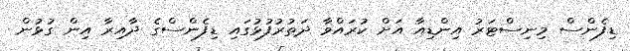
ޑިފެންސް މިނިސްޓަރު އިންޑިއާ އަށް ކުރައްވާ ދަތުރުފުޅުގައި ޑިފެންސްގެ ދާއިރާ އިން ގުޅުން